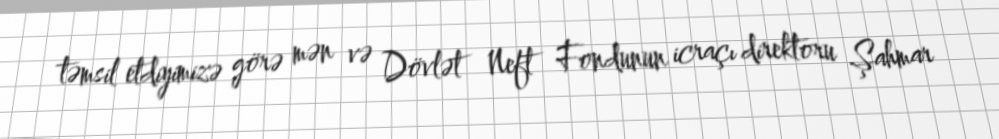
təmsil etdiyimizə görə mən və Dövlət Neft Fondunun icraçı direktoru Şahmar